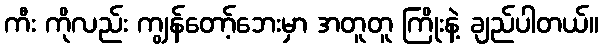
ကီး ကိုလည်း ကျွန်တော့်ဘေးမှာ အတူတူ ကြိုးနဲ့ ချည်ပါတယ်။